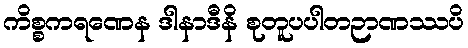
ကိစ္စကရဏေန ဒါနာဒီနိ စုတူပပါတဉာဏဿပိ